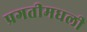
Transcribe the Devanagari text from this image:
प्रगतीमधली